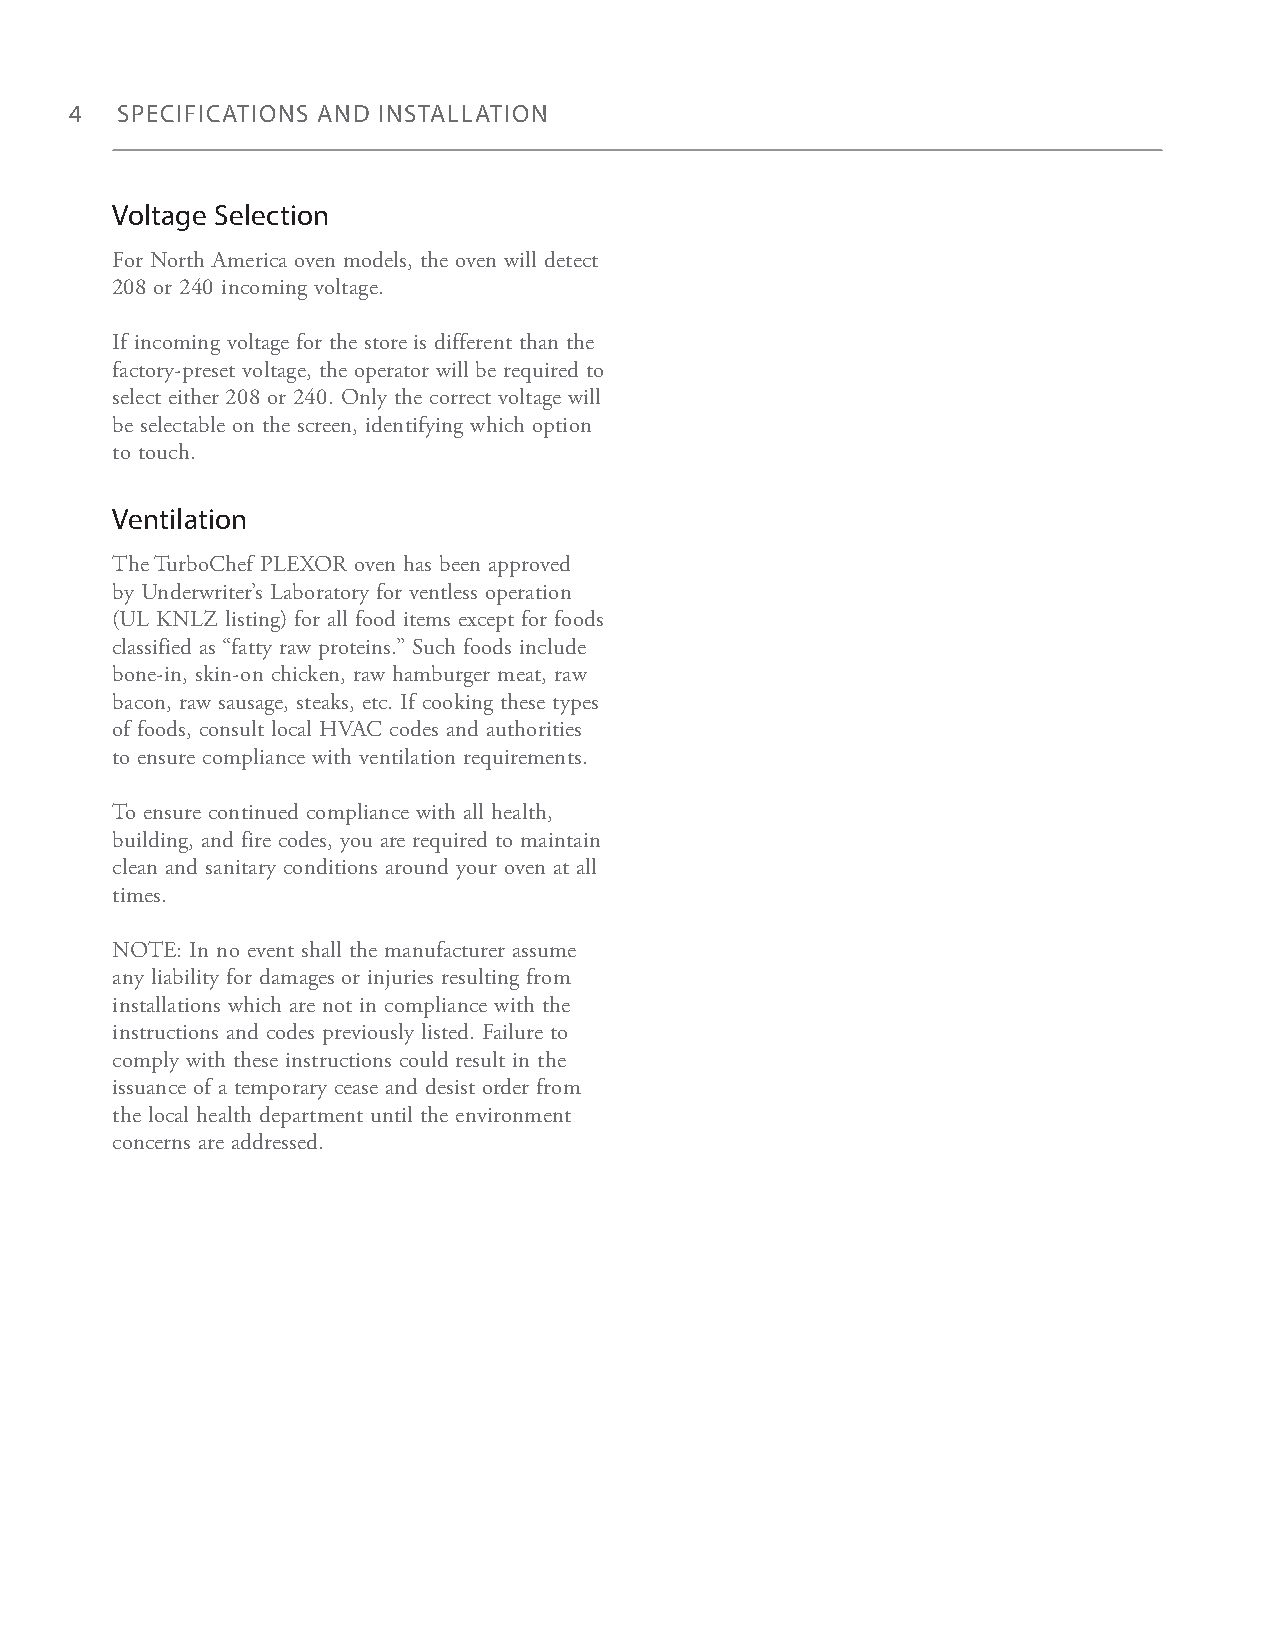
4  SPECIFICATIONS AND INSTALLATION
 Voltage Selection
 For North America oven models, the oven will detect
 208 or 240 incoming voltage.
 If incoming voltage for the store is different than the
 factory-preset voltage, the operator will be required to
 select either 208 or 240. Only the correct voltage will
 be selectable on the screen, identifying which option
 to touch.
 Ventilation
 The TurboChef PLEXOR oven has been approved
 by Underwriter’s Laboratory for ventless operation
 (UL KNLZ listing) for all food items except for foods
 classified as “fatty raw proteins.” Such foods include
 bone-in, skin-on chicken, raw hamburger meat, raw
 bacon, raw sausage, steaks, etc. If cooking these types
 of foods, consult local HVAC codes and authorities
 to ensure compliance with ventilation requirements.
 To ensure continued compliance with all health,
 building, and fire codes, you are required to maintain
 clean and sanitary conditions around your oven at all
 times.
 NOTE: In no event shall the manufacturer assume
 any liability for damages or injuries resulting from
 installations which are not in compliance with the
 instructions and codes previously listed. Failure to
 comply with these instructions could result in the
 issuance of a temporary cease and desist order from
 the local health department until the environment
 concerns are addressed.